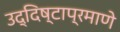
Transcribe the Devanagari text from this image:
उद्दिष्टाप्रमाणे